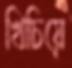
খিচিয়ে